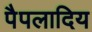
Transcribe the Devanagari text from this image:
पैपलादिय